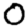
Digit: 0